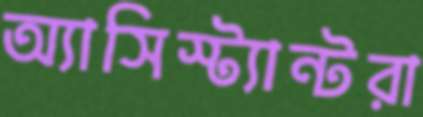
অ্যাসিস্ট্যান্টরা